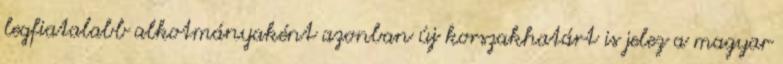
legfiatalabb alkotmányaként azonban új korszakhatárt is jelez a magyar